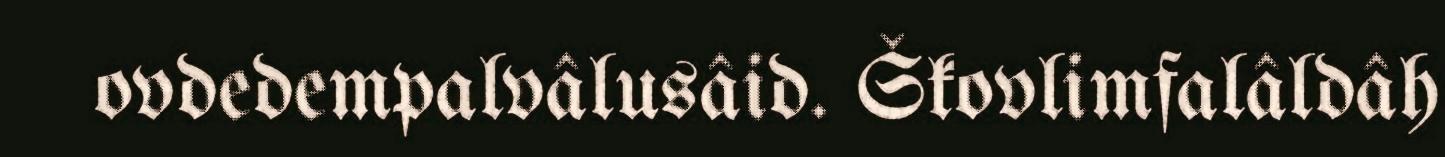
ovdedempalvâlusâid. Škovlimfalâldâh